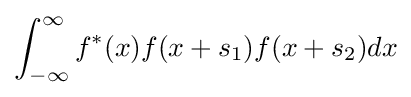
\int _{-\infty }^{\infty }f^{*}(x)f(x+s_{1})f(x+s_{2})dx